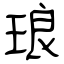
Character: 琅